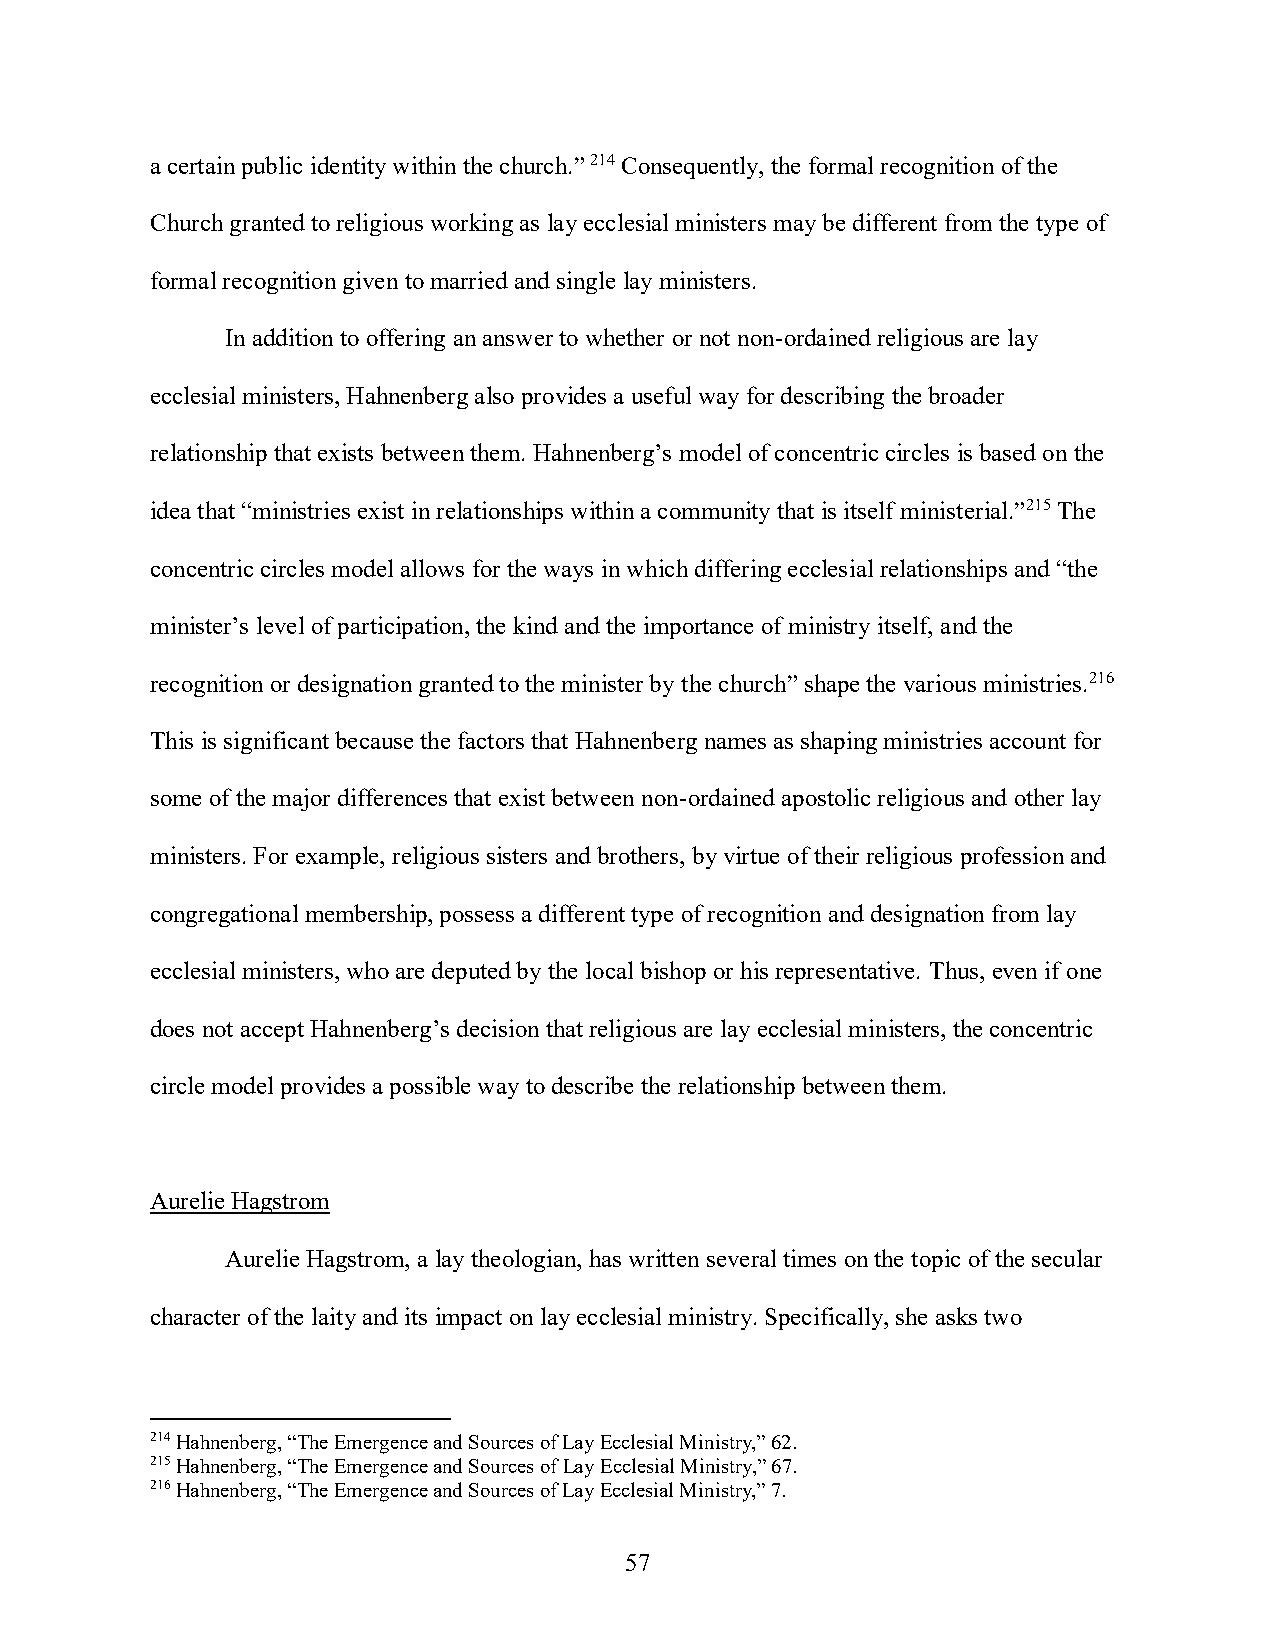
a certain public identity within the church.” 214 Consequently, the formal recognition of the
 Church granted to religious working as lay ecclesial ministers may be different from the type of
 formal recognition given to married and single lay ministers.
 In addition to offering an answer to whether or not non-ordained religious are lay
 ecclesial ministers, Hahnenberg also provides a useful way for describing the broader
 relationship that exists between them. Hahnenberg’s model of concentric circles is based on the
 idea that “ministries exist in relationships within a community that is itself ministerial.”215 The
 concentric circles model allows for the ways in which differing ecclesial relationships and “the
 minister’s level of participation, the kind and the importance of ministry itself, and the
 recognition or designation granted to the minister by the church” shape the various ministries.216
 This is significant because the factors that Hahnenberg names as shaping ministries account for
 some of the major differences that exist between non-ordained apostolic religious and other lay
 ministers. For example, religious sisters and brothers, by virtue of their religious profession and
 congregational membership, possess a different type of recognition and designation from lay
 ecclesial ministers, who are deputed by the local bishop or his representative. Thus, even if one
 does not accept Hahnenberg’s decision that religious are lay ecclesial ministers, the concentric
 circle model provides a possible way to describe the relationship between them.
 Aurelie Hagstrom
 Aurelie Hagstrom, a lay theologian, has written several times on the topic of the secular
 character of the laity and its impact on lay ecclesial ministry. Specifically, she asks two
 214 Hahnenberg, “The Emergence and Sources of Lay Ecclesial Ministry,” 62.
 215 Hahnenberg, “The Emergence and Sources of Lay Ecclesial Ministry,” 67.
 216 Hahnenberg, “The Emergence and Sources of Lay Ecclesial Ministry,” 7.
 57